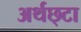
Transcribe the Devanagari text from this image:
अर्थछ्टा